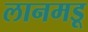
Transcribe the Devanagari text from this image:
लानमडू